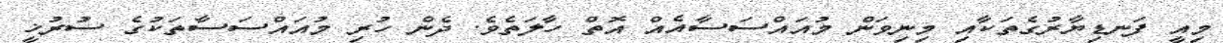
މިއީ ފަނޑިޔާރުގެތަކާއި މިނިވަން މުއައްސަސާއެއް އޮތް ހާލަތެވެ. ދެން ހުރި މުއައްސަސާތަކުގެ ސުރުޚީ